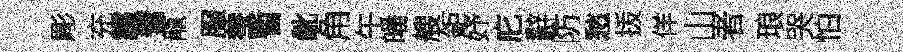
彫充霾奮龍服蛬暫齔角午皤艘鉅妤庀辭防愁㧞佯山者琅哭怕